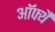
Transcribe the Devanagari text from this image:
ऑफ्थै